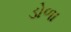
ડોળા